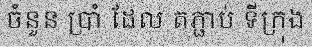
ចំនួន ប្រាំ ដែល តភ្ជាប់ ទីក្រុង